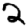
Digit: 2